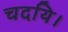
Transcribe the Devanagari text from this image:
चदयि।